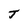
Character: J